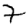
Digit: 7